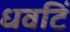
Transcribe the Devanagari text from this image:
धवटिं